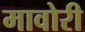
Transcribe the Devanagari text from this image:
मावोरी